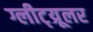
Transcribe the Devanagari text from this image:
ग्लीट्य्रूलर